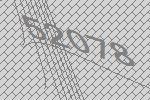
52078